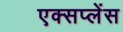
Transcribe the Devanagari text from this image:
एक्सप्लेंस